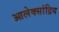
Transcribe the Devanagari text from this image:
आलेक्सांद्रिय